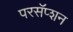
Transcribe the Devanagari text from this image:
परसॅप्शन